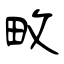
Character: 畋